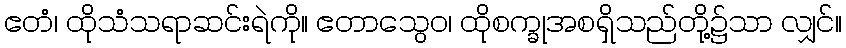
ဧတံ၊ ထိုသံသရာဆင်းရဲကို။ ဧတာသွေဝ၊ ထိုစက္ခုအစရှိသည်တို့၌သာ လျှင်။